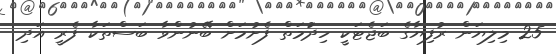
25 މިލިޔަން ރުފިޔާގެ ބަޖެޓަކީ ހިދުަމަތް ފެށުމަށް ބޭނުންވާ ބަސްތަކާ ފެރީ އަދި